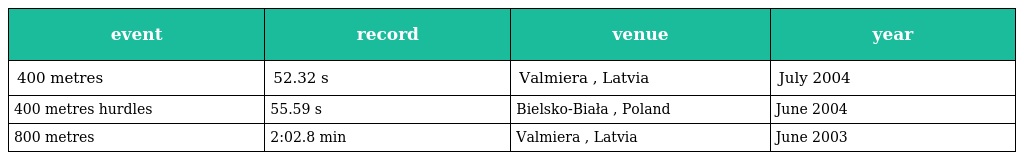
| event | record | venue | year |
 | --- | --- | --- | --- |
 | 400 metres | 52.32 s | Valmiera , Latvia | July 2004 |
 | 400 metres hurdles | 55.59 s | Bielsko-Biała , Poland | June 2004 |
 | 800 metres | 2:02.8 min | Valmiera , Latvia | June 2003 |